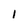
Character: l